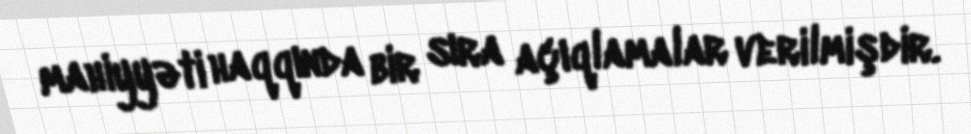
mahiyyəti haqqında bir sıra açıqlamalar verilmişdir.